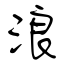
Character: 浪